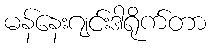
မန်နေးဂျင်းဒါရိုက်တာ